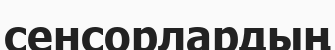
сенсорлардың